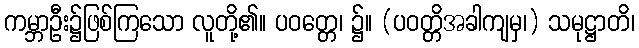
ကမ္ဘာဦး၌ဖြစ်ကြသော လူတို့၏။ ပဝတ္တေ၊ ၌။ (ပဝတ္တိအခါကျမှ၊) သမုဋ္ဌာတိ၊